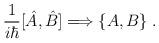
LaTeX: \begin{align*}\frac{1}{i\hbar} [ \hat{A}, \hat{B} ] \Longrightarrow \{A,B\}\;.\end{align*}